Code of medical and sanitary regulations for the guidance of medical officers serving in the Madras Presidency - Volume II
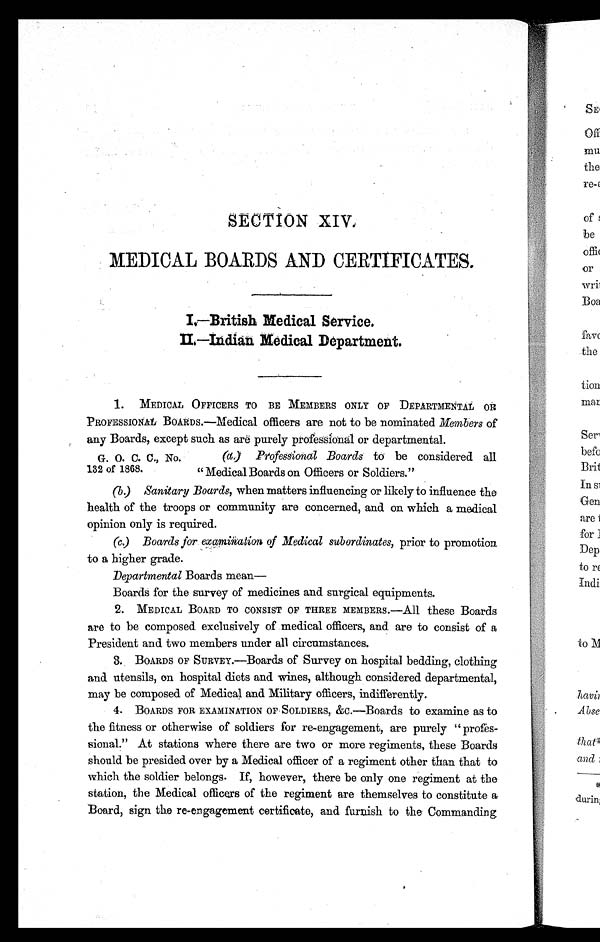
SECTION XIV.
MEDICAL BOARDS AND CERTIFICATES.
I,--British Medical Service.
I I . —I n d i a n Me d i c a l De p a r t me n t .
1. MEDICAL OFFICERS TO BE MEMBERS ONLY OF DEPARTMENTAL O
R
PROFESSIONAL BOARDS.—Medical officers are not to be nominated Members of
any Boards, except such as are purely professional or departmental.
G. 0. C. C., No.
132 of 1868.
(a) Professional Boards to be considered all
" Medical Boards on Officers or Soldiers."
(b)
Sanitary Boards, when matters influencing or likely to influence the
health of the troops or community are concerned, and on which a medical
opinion only is required.
(c)
Boards for examination of Medical subordinates, prior to promotion
to a higher grade.
Departmental Boards mean—
Boards for the survey of medicines and surgical equipments.
2. MEDICAL BOARD TO CONSIST OF THREE MEMBERS.—All these Boards
are to be composed exclusively of medical officers, and are to consist of a
President and two members under all circumstances.
3. BOARDS OF SURVEY.—Boards of Survey on hospital bedding, clothing
and utensils, on hospital diets and wines, although considered departmental,
may be composed of Medical and Military officers, indifferently.
4. BOARDS FOR EXAMINATION OF SOLDIERS, &c.—Boards to examine as to
the fitness or otherwise of soldiers for re-engagement, are purely " profes-
sional." At stations where there are two or more regiments, these Boards
should be presided over by a Medical officer of a regiment other than that to
which the soldier belongs. If, however, there be only one regiment at the
station, the Medical officers of the regiment are themselves to constitute a
Board, sign the re-engagement certificate, and furnish to the Commanding